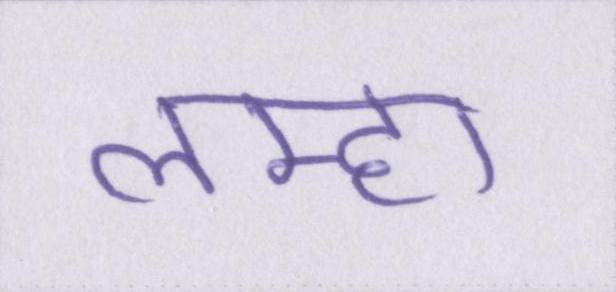
लम्हा